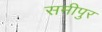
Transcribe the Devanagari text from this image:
समीपुर